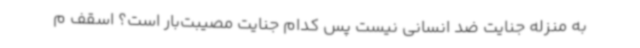
به منزله جنایت ضد انسانی نیست پس کدام جنایت مصیبت‌بار است؟ اسقف م